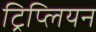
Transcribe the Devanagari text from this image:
ट्रिप्लियन